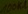
Text: 100kΩ